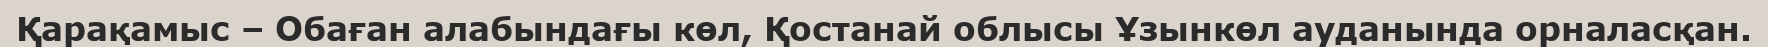
Қарақамыс – Обаған алабындағы көл, Қостанай облысы Ұзынкөл ауданында орналасқан.